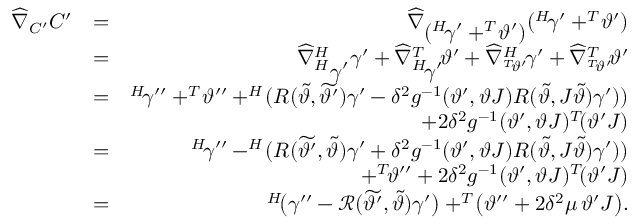
\begin{array} { r l r } { \widehat { \nabla } _ { C ^ { \prime } } C ^ { \prime } } & { = } & { \widehat { \nabla } _ { \displaystyle ( ^ { H } \! \gamma ^ { \prime } + ^ { T } \! \vartheta ^ { \prime } ) } ( ^ { H } \! \gamma ^ { \prime } + ^ { T } \! \vartheta ^ { \prime } ) } \\ & { = } & { \widehat { \nabla } _ { \displaystyle ^ { H } \gamma ^ { \prime } } ^ { H } \gamma ^ { \prime } + \widehat { \nabla } _ { \displaystyle ^ { H } \! \gamma ^ { \prime } } ^ { T } \! \vartheta ^ { \prime } + \widehat { \nabla } _ { ^ { T } \! \vartheta ^ { \prime } } ^ { H } \! \gamma ^ { \prime } + \widehat { \nabla } _ { ^ { T } \! \vartheta ^ { \prime } } ^ { T } \! \vartheta ^ { \prime } } \\ & { = } & { ^ { H } \! \gamma ^ { \prime \prime } + ^ { T } \! \vartheta ^ { \prime \prime } + ^ { H } \! ( R ( \widetilde { \vartheta } , \widetilde { \vartheta ^ { \prime } } ) \gamma ^ { \prime } - \delta ^ { 2 } g ^ { - 1 } ( \vartheta ^ { \prime } , \vartheta J ) R ( \widetilde { \vartheta } , J \widetilde { \vartheta } ) \gamma ^ { \prime } ) ) } \\ & { } & { + 2 \delta ^ { 2 } g ^ { - 1 } ( \vartheta ^ { \prime } , \vartheta J ) ^ { T } \! ( \vartheta ^ { \prime } J ) } \\ & { = } & { ^ { H } \! \gamma ^ { \prime \prime } - ^ { H } \! ( R ( \widetilde { \vartheta ^ { \prime } } , \widetilde { \vartheta } ) \gamma ^ { \prime } + \delta ^ { 2 } g ^ { - 1 } ( \vartheta ^ { \prime } , \vartheta J ) R ( \widetilde { \vartheta } , J \widetilde { \vartheta } ) \gamma ^ { \prime } ) ) } \\ & { } & { + ^ { T } \! \vartheta ^ { \prime \prime } + 2 \delta ^ { 2 } g ^ { - 1 } ( \vartheta ^ { \prime } , \vartheta J ) ^ { T } \! ( \vartheta ^ { \prime } J ) } \\ & { = } & { ^ { H } \! \big ( \gamma ^ { \prime \prime } - \mathcal { R } ( \widetilde { \vartheta ^ { \prime } } , \widetilde { \vartheta } ) \gamma ^ { \prime } \big ) + ^ { T } \! \big ( \vartheta ^ { \prime \prime } + 2 \delta ^ { 2 } \mu \, \vartheta ^ { \prime } J \big ) . } \end{array}